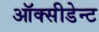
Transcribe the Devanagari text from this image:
ऑक्सीडेन्ट